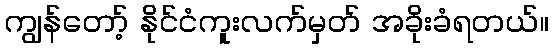
ကျွန်တော့် နိုင်ငံကူးလက်မှတ် အခိုးခံရတယ်။